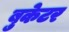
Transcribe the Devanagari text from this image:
बुकेटर